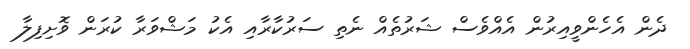
ދެން އެހެންވީއިރުން އެއްވެސް ޝަރުތެއް ނެތި ސަރުކާރާއި އެކު މަޝްވަރާ ކުރަން ވޮށިފިލާ